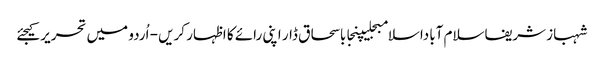
شہباز شریفاسلام آباداسلامبجلیپنجاباسحاق ڈار اپنی رائے کا اظہار کریں - اُردو میں تحریر کیجئے